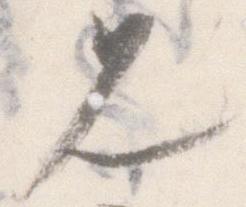
見